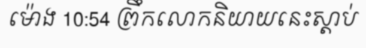
ម៉ោង 10:54 ព្រឹកលោកនិយាយនេះស្តាប់